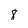
Character: 8